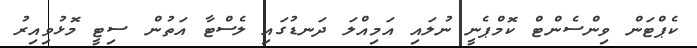
ކެޕްޓަން ވިންސެންޓް ކޮމްޕެނީ ނުލައި އަމިއްލަ ދަނޑުގައި ލެސްޓާ އަތުން ސިޓީ މޮޅުވިއިރު